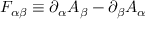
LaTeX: F _ { \alpha \beta } \equiv \partial _ { \alpha } A _ { \beta } - \partial _ { \beta } A _ { \alpha }